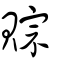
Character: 賨